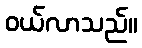
ဝယ်လာသည်။